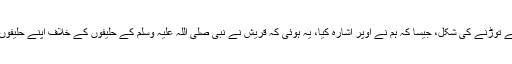
اس معاہدہ کے توڑنے کی شکل، جیسا کہ ہم نے اوپر اشارہ کیا، یہ ہوئی کہ قریش نے نبی صلی اللہ علیہ وسلم کے حلیفوں کے خلاف اپنے حلیفوں کی مدد کی۔